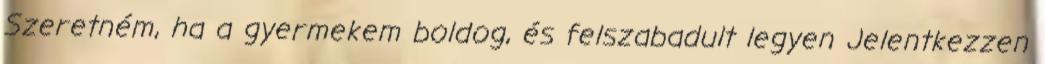
Szeretném, ha a gyermekem boldog, és felszabadult legyen Jelentkezzen